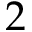
2